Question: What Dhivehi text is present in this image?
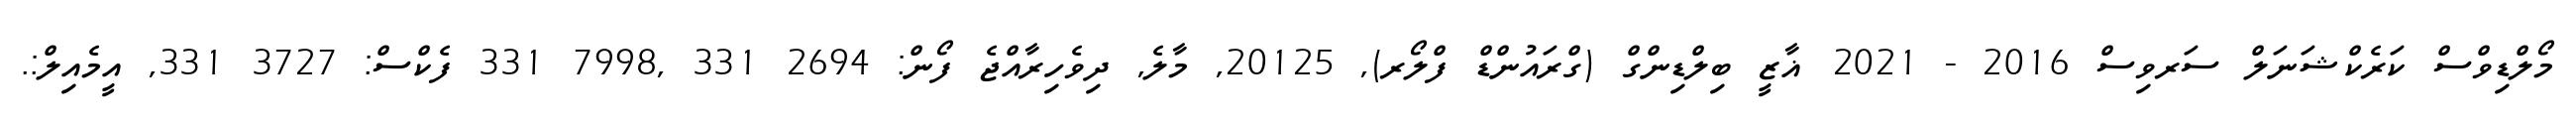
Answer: މޯލްޑިވްސް ކަރެކްޝަނަލް ސަރވިސް 2016 - 2021 ޣާޒީ ބިލްޑިންގް (ގްރައުންޑް ފްލޯރ), 20125, މާލެ, ދިވެހިރާއްޖެ ފޯން: 2694 331 ,7998 331 ފެކްސް: 3727 331, އީމެއިލް:.